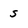
Character: S